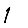
Digit: 1